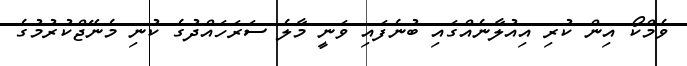
ވެމްކޯ އިން ކުރި އިއުލާނެއްގައި ބުނެފައި ވަނީ މާލެ ސަރަހައްދުގެ ކުނި މެނޭޖްކުރުމުގެ